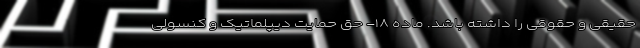
حقیقی و حقوقی را داشته باشد. ماده ۱۸- حق حمایت دیپلماتیک و کنسولی